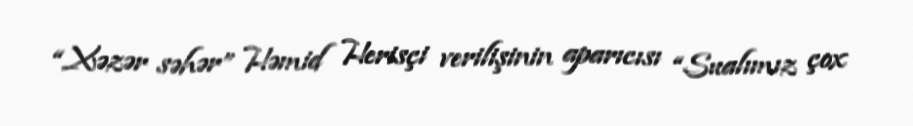
“Xəzər səhər” Həmid Herisçi verilişinin aparıcısı “Sualımız çox